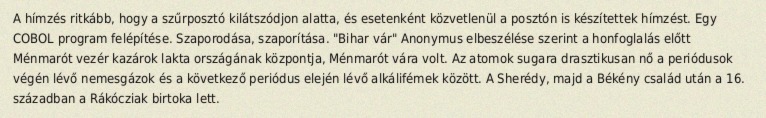
A hímzés ritkább, hogy a szűrposztó kilátszódjon alatta, és esetenként közvetlenül a posztón is készítettek hímzést. Egy COBOL program felépítése. Szaporodása, szaporítása. "Bihar vár" Anonymus elbeszélése szerint a honfoglalás előtt Ménmarót vezér kazárok lakta országának központja, Ménmarót vára volt. Az atomok sugara drasztikusan nő a periódusok végén lévő nemesgázok és a következő periódus elején lévő alkálifémek között. A Sherédy, majd a Békény család után a 16. században a Rákócziak birtoka lett.